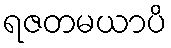
ရဇတမယာပိ